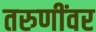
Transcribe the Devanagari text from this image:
तरुणींवर